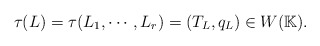
\begin{align*} \tau(L)=\tau(L_1,\cdots,L_r)=(T_L,q_L)\in W(\mathbb{K}).\end{align*}